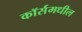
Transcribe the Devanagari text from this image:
कॉर्समधील